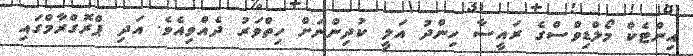
އިންޓެކް މޯލްޑިވްސްގެ ރައީސާ ހިންދު އަލީ ކުދިންނަށް ހިތްވަރު ދެއްވިއެވެ. އަދި ޕްރޮގްރާމްގައި